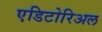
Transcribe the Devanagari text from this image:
एडिटोरिअल